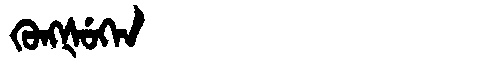
Manchu: ᡴᡠᠩᡧᡠᡴᡝᠨ
Romanization: KUNGŠUKEN